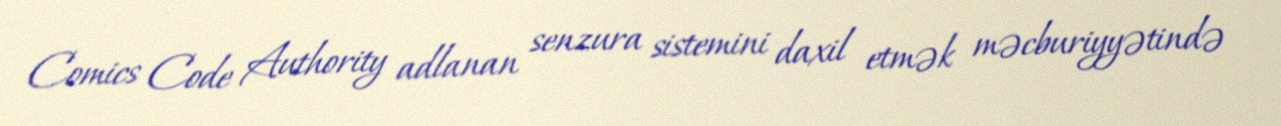
Comics Code Authority adlanan senzura sistemini daxil etmək məcburiyyətində